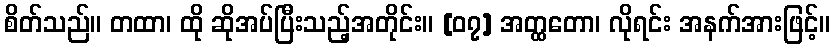
စိတ်သည်။ တထာ၊ ထို ဆိုအပ်ပြီးသည့်အတိုင်း။ [၀၇] အတ္ထတော၊ လိုရင်း အနက်အားဖြင့်။